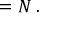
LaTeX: \mathbf { \lambda } = N \mathbf { \epsilon } .